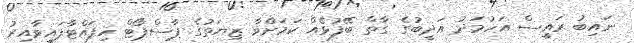
ނައިބު ރައީސް އަހުމަދު އަދީބުގެ ގާތް ބޭފުޅެއް ކަމަށްވާ ޒިޔަތުގެ ޕާސްޕޯޓް ހިފައްޓާފައިވާއިރު